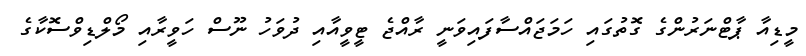
މީޑިއާ ޕާޓްނަރުންގެ ގޮތުގައި ހަމަޖައްސާފައިވަނީ ރާއްޖެ ޓީވީއާއި ދުވަހު ނޫސް ހަވީރާއި މޯލްޑިވްސޮކާގެ